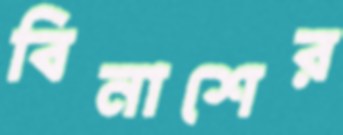
বিনাশের